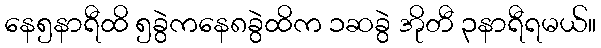
နေ၅နာရီထိ ၅ခွဲကနေ၈ခွဲထိက ၁ဆခွဲ အိုတီ ၃နာရီရမယ်။